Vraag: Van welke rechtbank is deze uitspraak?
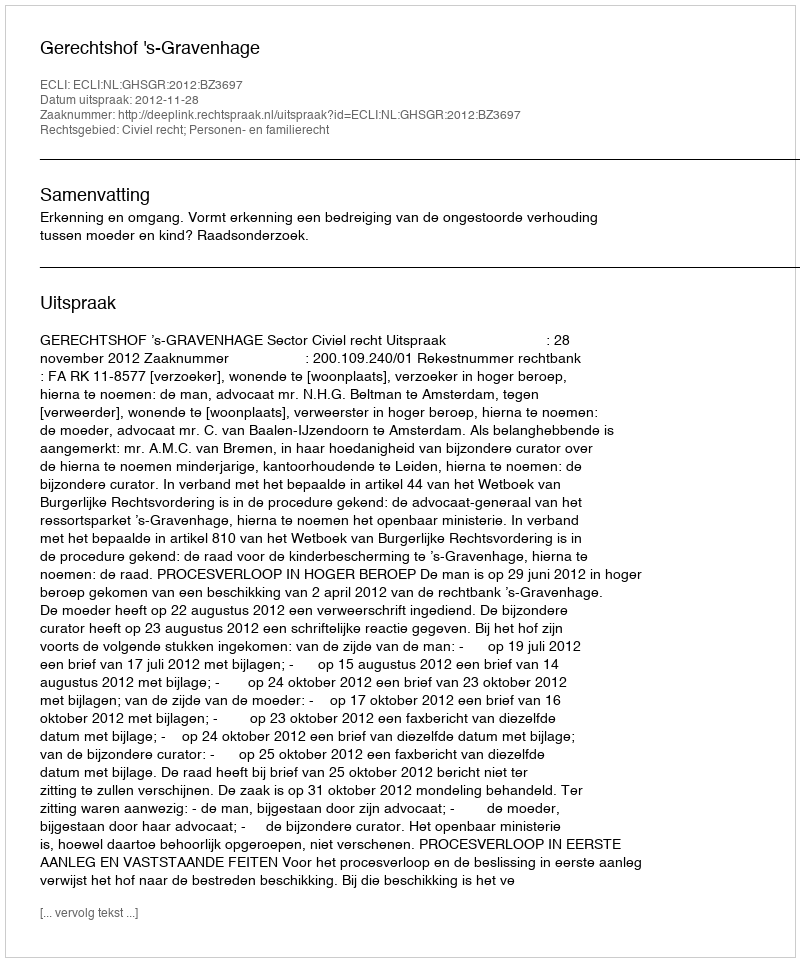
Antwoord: Gerechtshof 's-Gravenhage